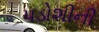
પડોશીની